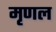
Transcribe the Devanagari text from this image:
मृणल